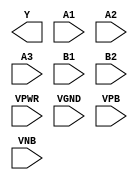
module sky130_fd_sc_hd__a32oi (
    Y   ,
    A1  ,
    A2  ,
    A3  ,
    B1  ,
    B2  ,
    VPWR,
    VGND,
    VPB ,
    VNB
);

    output Y   ;
    input  A1  ;
    input  A2  ;
    input  A3  ;
    input  B1  ;
    input  B2  ;
    input  VPWR;
    input  VGND;
    input  VPB ;
    input  VNB ;
endmodule